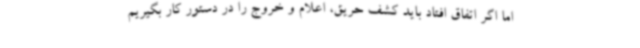
اما اگر اتفاق افتاد باید کشف حریق، اعلام و خروج را در دستور کار بگیریم